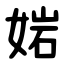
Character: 㛧